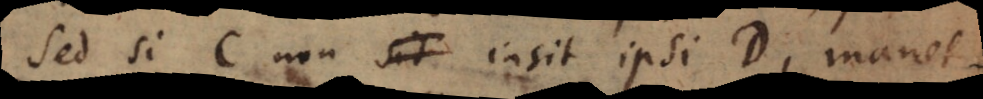
Sed si C non insit ipsi D, manet